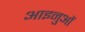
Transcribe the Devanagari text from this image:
आइनुओं